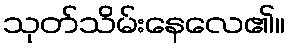
သုတ်သိမ်းနေလေ၏။